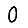
Digit: 0